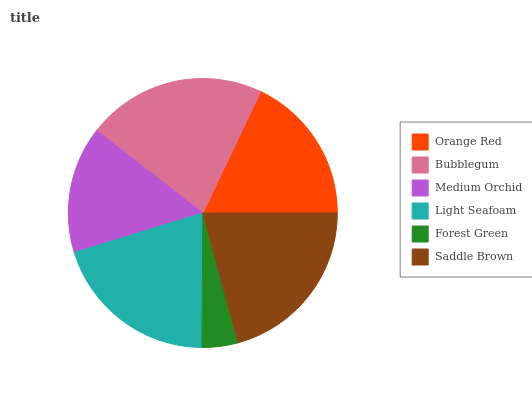
| Orange Red | Bubblegum | Medium Orchid | Light Seafoam | Forest Green | Saddle Brown |
 | --- | --- | --- | --- | --- | --- |
 | 18% | 21.5% | 15.2% | 20.2% | 4.32% | 20.8% |